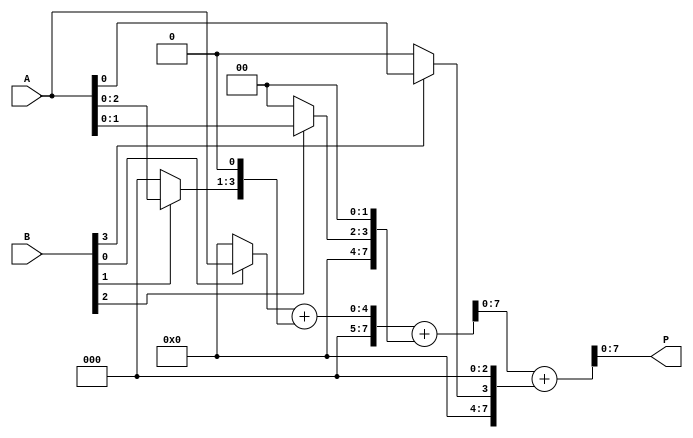
module array_multiplier #(parameter A_WIDTH = 4, B_WIDTH = 4) (
    input [A_WIDTH-1:0] A,
    input [B_WIDTH-1:0] B,
    output [A_WIDTH + B_WIDTH - 1:0] P
);

    // Generate partial products
    wire [A_WIDTH-1:0] pp [0:B_WIDTH-1]; // Partial products array

    genvar i, j;
    generate
        for (i = 0; i < B_WIDTH; i = i + 1) begin : pp_gen
            assign pp[i] = (B[i] ? A : {A_WIDTH{1'b0}}) << i; // Generate partial product
        end
    endgenerate

    // Sum the partial products
    wire [A_WIDTH + B_WIDTH - 1:0] sum [0:B_WIDTH-1]; // Intermediate sums
    wire [A_WIDTH + B_WIDTH - 1:0] carry; // Carry bits
    assign sum[0] = pp[0]; // First partial product is directly assigned

    // Reduce the partial products using a tree structure
    generate
        for (j = 1; j < B_WIDTH; j = j + 1) begin : adder_tree
            wire [A_WIDTH + B_WIDTH - 1:0] a = sum[j-1];
            wire [A_WIDTH + B_WIDTH - 1:0] b = pp[j];
            wire [A_WIDTH + B_WIDTH:0] full_sum; // To hold the carry
            assign full_sum = a + b; // Full adder for summing previous result and new partial product
            assign sum[j] = full_sum[A_WIDTH + B_WIDTH - 1:0]; // Result of addition
            assign carry = full_sum[A_WIDTH + B_WIDTH]; // Carry out (not used further)
        end
    endgenerate

    // Final output
    assign P = sum[B_WIDTH-1];

endmodule